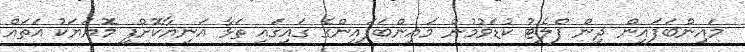
މައިންބަފައިން ދިން ފްލެޓު ކުޑަވުމުން މައިންބަފައިންގެ ގައިގައި ތަޅާ އަނިޔާކޮށްފި މޮޔަޔަކު އަތައް